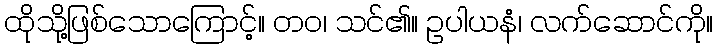
ထိုသို့ဖြစ်သောကြောင့်။ တဝ၊ သင်၏။ ဥပါယနံ၊ လက်ဆောင်ကို။